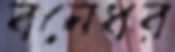
বনেধর